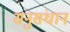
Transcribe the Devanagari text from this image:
सनुसंधान